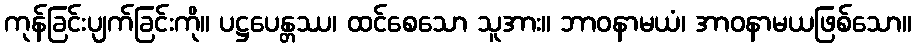
ကုန်ခြင်းပျက်ခြင်းကို။ ပဋ္ဌပေန္တဿ၊ ထင်စေသော သူအား။ ဘာဝနာမယံ၊ အာဝနာမယဖြစ်သော။